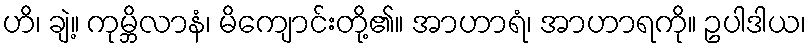
ဟိ၊ ချဲ့။ ကုမ္ဘိလာနံ၊ မိကျောင်းတို့၏။ အာဟာရံ၊ အာဟာရကို။ ဥပါဒါယ၊